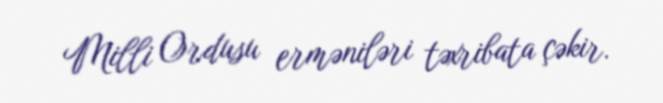
Milli Ordusu erməniləri təxribata çəkir.